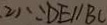
( 2 ) \because D E / / B C